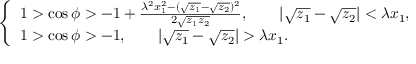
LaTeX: \left\{ \begin{array} { l } { { 1 > \cos \phi > - 1 + \frac { \lambda ^ { 2 } x _ { 1 } ^ { 2 } - ( \sqrt { z _ { 1 } } - \sqrt { z _ { 2 } } ) ^ { 2 } } { 2 \sqrt { z _ { 1 } z _ { 2 } } } , \qquad | \sqrt { z _ { 1 } } - \sqrt { z _ { 2 } } | < \lambda x _ { 1 } , } } \\ { { 1 > \cos \phi > - 1 , \qquad | \sqrt { z _ { 1 } } - \sqrt { z _ { 2 } } | > \lambda x _ { 1 } . } } \end{array} \right.